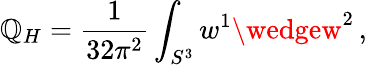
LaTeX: \mathbb{Q}_{H}=\frac{{1}}{{32\pi^{2}}}\int_{S^{3}}w^{1}\wedgew^{2}\, ,